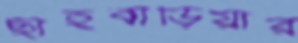
ছাইবাড়িয়ার